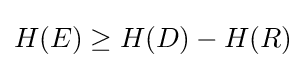
H(E)\geq H(D)-H(R)